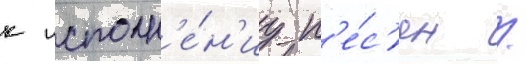
к исполн'е́н'иу п'е́с'ен /